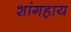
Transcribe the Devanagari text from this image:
शांगहाय